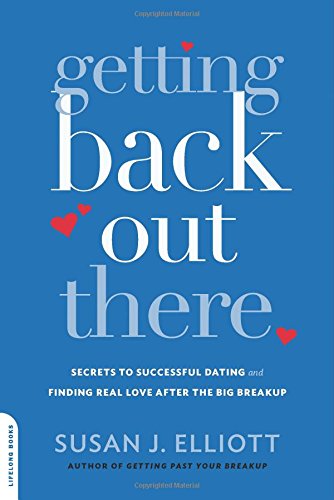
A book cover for Getting Back Out There: Secrets to Successful Dating and Finding Real Love after the Big Breakup; Susan J. Elliott JD  MEd; Parenting & Relationships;